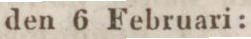
den 6 Februari: